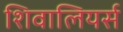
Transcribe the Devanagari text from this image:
शिवालियर्स